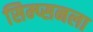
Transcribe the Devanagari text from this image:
सिम्प्सनला